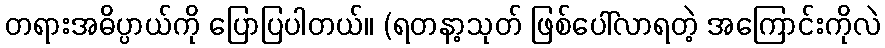
တရားအဓိပ္ပာယ်ကို ပြောပြပါတယ်။ (ရတနာ့သုတ် ဖြစ်ပေါ်လာရတဲ့ အကြောင်းကိုလဲ